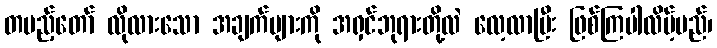
တပည့်တော် လိုလားသော အချက်များကို အရှင်ဘုရားတို့လဲ လေ့လာပြီး ဖြစ်ကြပါလိမ့်မည်၊